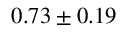
0 . 7 3 \pm 0 . 1 9